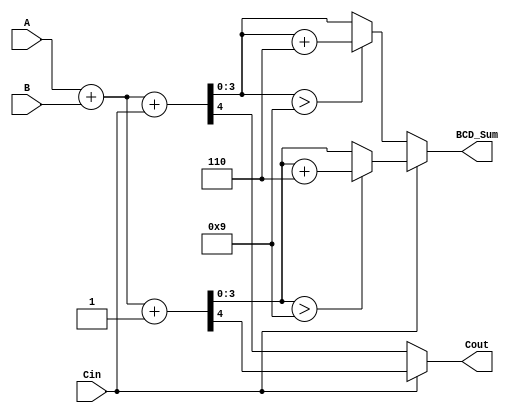
module BCD_MCSA (
    input [3:0] A,        // First BCD digit
    input [3:0] B,        // Second BCD digit
    input Cin,            // Input carry
    output reg [3:0] BCD_Sum, // BCD sum output
    output reg Cout       // Carry output
);

    wire [4:0] sum0;     // Sum when Cin = 0
    wire [4:0] sum1;     // Sum when Cin = 1
    wire [3:0] corrected_sum0; // Corrected sum for sum0
    wire [3:0] corrected_sum1; // Corrected sum for sum1
    wire carry0;         // Carry out when Cin = 0
    wire carry1;         // Carry out when Cin = 1

    // Initial binary addition for Cin = 0
    assign sum0 = A + B + Cin; // 4-bit sum + 1-bit carry
    assign carry0 = sum0[4];    // Carry out for sum0

    // Initial binary addition for Cin = 1
    assign sum1 = A + B + 1'b1; // 4-bit sum + 1
    assign carry1 = sum1[4];    // Carry out for sum1

    // BCD correction logic
    assign corrected_sum0 = (sum0[3:0] > 4'b1001) ? (sum0[3:0] + 4'b0110) : sum0[3:0];
    assign corrected_sum1 = (sum1[3:0] > 4'b1001) ? (sum1[3:0] + 4'b0110) : sum1[3:0];

    // Select the correct sum based on the carry
    always @(*) begin
        if (Cin == 1'b0) begin
            BCD_Sum = corrected_sum0;
            Cout = carry0;
        end else begin
            BCD_Sum = corrected_sum1;
            Cout = carry1;
        end
    end

endmodule